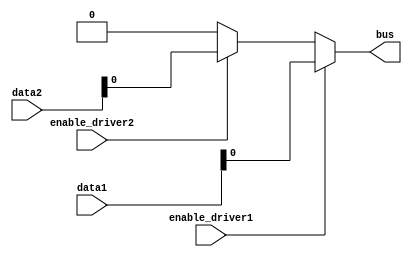
module multiple_drivers (
    input wire enable_driver1,
    input wire enable_driver2,
    input wire [1:0] data1,
    input wire [1:0] data2,
    output wire bus
);

// Internal wires for driver outputs
wire driver1_out;
wire driver2_out;

// Driver 1
assign driver1_out = (enable_driver1) ? data1 : 2'bzz; // Tri-state output
// Driver 2
assign driver2_out = (enable_driver2) ? data2 : 2'bzz; // Tri-state output

// Resolution Logic
assign bus = (enable_driver1) ? driver1_out : 
             (enable_driver2) ? driver2_out : 2'b00; // Default value if no driver is enabled

endmodule